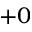
+ 0